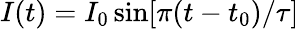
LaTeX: I(t)=I_{0}\sin[\pi(t-t_{0})/\tau]